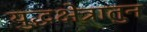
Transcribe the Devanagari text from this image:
युद्धक्षेत्रातुन